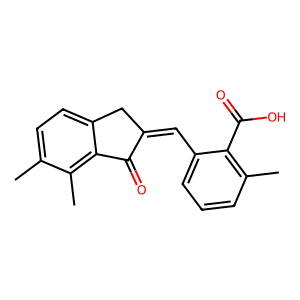
SMILES: Cc1ccc2c(c1C)C(=O)C(=Cc1cccc(C)c1C(=O)O)C2
Inhibits HIV replication: No